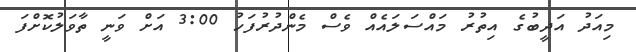
މިއަދު އަދީބުގެ އިތުރު މައްސަލައެއް ވެސް މެންދުރުފަހު 3:00 އަށް ވަނީ ތާވަލުކޮށްފަ